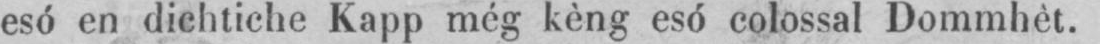
esó en dichtiche Kapp még kèng esó colossal Dommhèt.